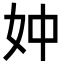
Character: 妕